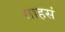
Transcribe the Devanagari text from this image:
साहसं